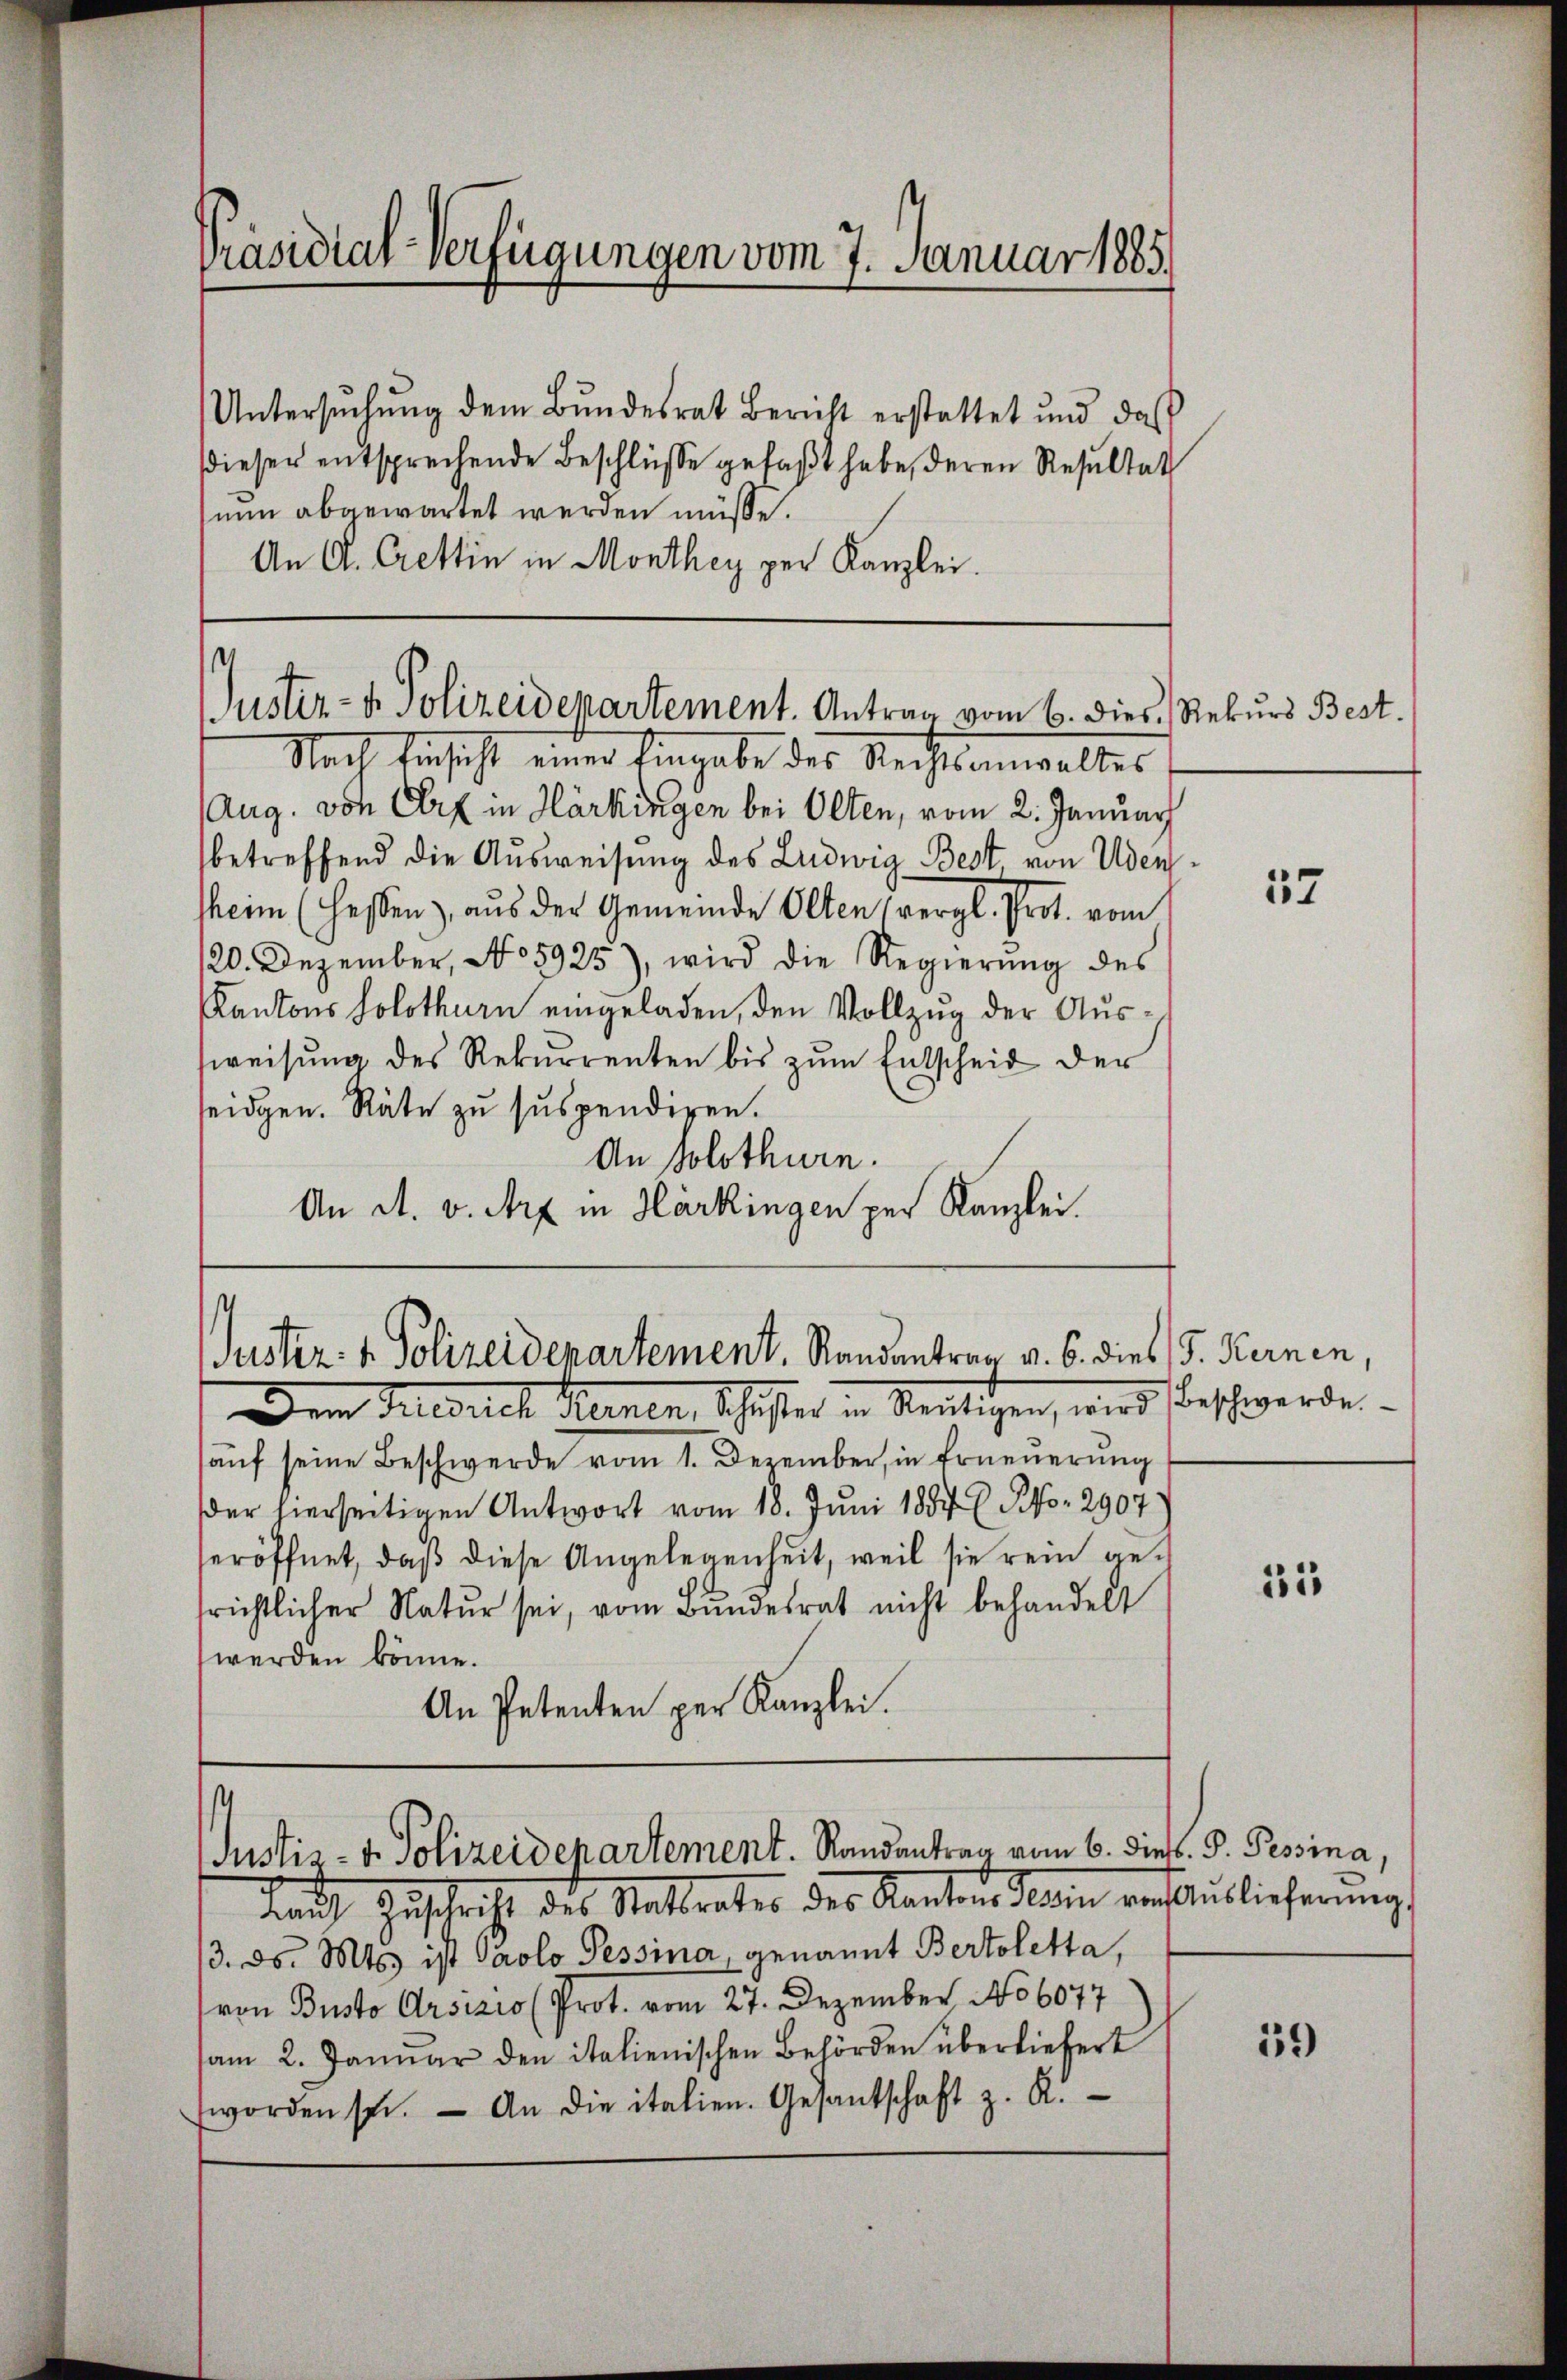
Präsidial-Verfügungen vom 7. Januar 1885.

Untersŭchŭng dem Bŭndesrat Bericht erstattet und das
dieser entsprechende Beschlüsse gefaßt habe, deren Resultat
nun abgewartet werden müsse.
An A. Crettin in Monthey per Kanzlei.

Justiz- & Polizeidepartement. Antrag vom 6. dies, Rekurs Best.

Nach Einsicht einer Eingabe des Rechtsanwaltes
Aug. von Art in Härkingen bei Olten, vom 2. Januar
betreffend die Ausweisung des Ludwig Best von Uden
heim (Hessen), aus der Gemeinde Olten vergl. Prot. vom
120. Dezember, No 5925), wird die Regierŭng des
Kantons Solothurn eingeladen, den Vollzug der Ausweisung des Rekurrenten bis zum Entscheid der
seidgen. Räte zu suspendiren.
An Solothurn.
An A. v. Art in Harkingen per Kanzlei.
Dem Faledurch Kleinen, Schuster in Reutigen, wird beschwerde
auf seine Beschwerde vom 1. Dezember, in Erneuerung
der hierseitigen Antwort vom 18. Juni 1857 l. No. 2907)
seröffnet, daß diese Angelegenheit, weil sie rein gesrichtlicher Natur sei, vom Bundesrat nicht behandelt
werden könne.
An Petenten per Kanzlei.
s
Justiz- u. Polizeidepartement. Randantrag vom 6. Dieb
Rauch Zuschrift des Matterates des Kanton Stein von Ausliecherung
13. ds. Mts. ist Paolo Pessina, genannt Bertoletta,
von Busto Arsizio (Prot. vom 27. Dezember No 6077
sam 2. Januar den italienischen Behörden überliefert
worden sei. An die italien. Gesantschaft z. R.

uster- & Polizeidenartement. Randantrag v. 6. dies G. Kernen,

57

12

. D. Prosina,

59